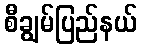
စီချွမ်ပြည်နယ်